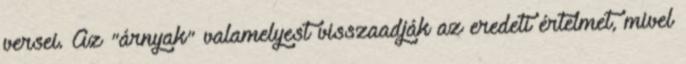
versei. Az "árnyak" valamelyest visszaadják az eredeti értelmet, mivel